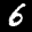
Label: 6